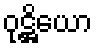
ဝုဋ္ဌိယော